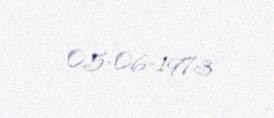
05-06-1973